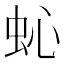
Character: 𱿜